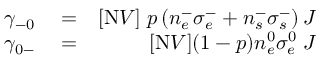
\begin{array} { r l r } { \gamma _ { - 0 } } & { { } = } & { [ \mathrm { N } V ] \; p \left( n _ { e } ^ { - } \sigma _ { e } ^ { - } + n _ { s } ^ { - } \sigma _ { s } ^ { - } \right) J } \\ { \gamma _ { 0 - } } & { { } = } & { [ \mathrm { N } V ] ( 1 - p ) n _ { e } ^ { 0 } \sigma _ { e } ^ { 0 } \; J } \end{array}